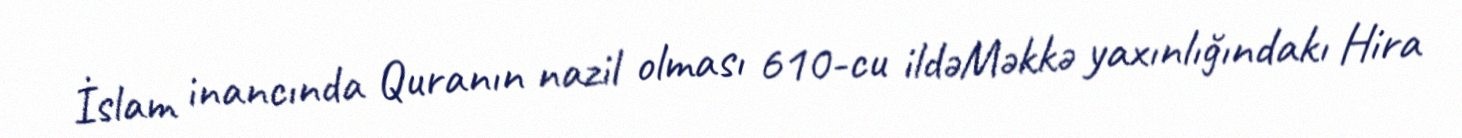
İslam inancında Quranın nazil olması 610-cu ildəMəkkə yaxınlığındakı Hira